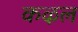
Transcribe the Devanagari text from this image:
कऴल